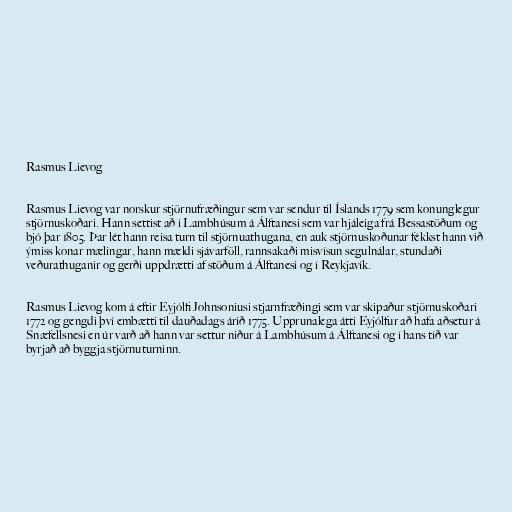
Rasmus Lievog

Rasmus Lievog var norskur stjörnufræðingur sem var sendur til Íslands 1779 sem konunglegur
stjörnuskoðari. Hann settist að í Lambhúsum á Álftanesi sem var hjáleiga frá Bessastöðum og
bjó þar 1805. Þar lét hann reisa turn til stjörnuathugana, en auk stjörnuskoðunar fékkst hann við
ýmiss konar mælingar, hann mældi sjávarföll, rannsakaði misvísun segulnálar, stundaði
veðurathuganir og gerði uppdrætti af stöðum á Álftanesi og í Reykjavík.

Rasmus Lievog kom á eftir Eyjólfi Johnsoniusi stjarnfræðingi sem var skipaður stjörnuskoðari
1772 og gengdi því embætti til dauðadags árið 1775. Upprunalega átti Eyjólfur að hafa aðsetur á
Snæfellsnesi en úr varð að hann var settur niður á Lambhúsum á Álftanesi og í hans tíð var
byrjað að byggja stjörnuturninn.